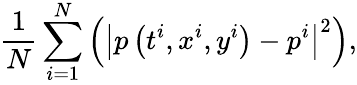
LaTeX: \frac{1}{N}\sum_{i=1}^{N}\left(\left|p\left(t^{i},x^{i},y^{i}\right)-p^{i}\right|^{2}\right),